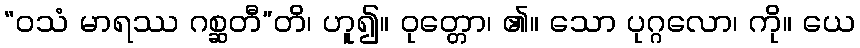
“ဝသံ မာရဿ ဂစ္ဆတီ”တိ၊ ဟူ၍။ ဝုတ္တော၊ ၏။ သော ပုဂ္ဂလော၊ ကို။ ယေ